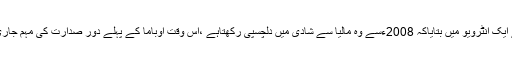
عرب میڈیا کے مطابق فیلکس کپرونونے ایک انٹرویو میں بتایاکہ 2008ءسے وہ مالیا سے شادی میں دلچسپی رکھتاہے ،اس وقت اوباما کے پہلے دور صدارت کی مہم جاری تھی اور مالیا صرف 10سال کی تھی ۔